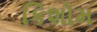
કિશોમ